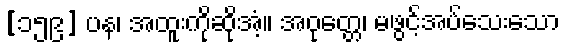
[၁၅၉] ပန၊ အထူးကိုဆိုအံ့။ အဝုတ္တေ၊ မဖွင့်အပ်သေးသော